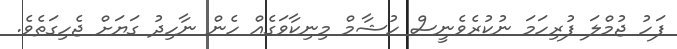
ފަހު ޖުމްލަ ފުރިހަމަ ނުކުރެވެނީސް ހުޝާމް މިނިކާވަގެއް ހެން ނާހިދު ގަޔަށް ޖެހިގަތެވެ.